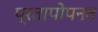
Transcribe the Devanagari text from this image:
प्रतापोपनत